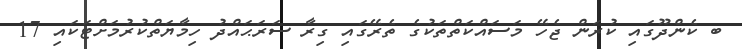
ބ ކެންދޫގައި ކުރަން ޖެހޭ މަސައްކަތްތަކުގެ ތެރޭގައި ގިރާ ސަރަޙައްދު ހިމާޔަތްކުރުމަށްޓަކައި 17